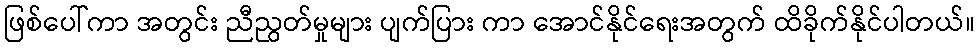
ဖြစ်ပေါ်ကာ အတွင်း ညီညွတ်မှုများ ပျက်ပြား ကာ အောင်နိုင်ရေးအတွက် ထိခိုက်နိုင်ပါတယ်။